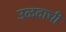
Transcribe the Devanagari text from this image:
उळदाची